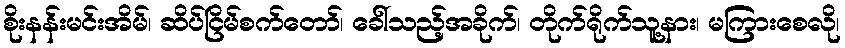
စိုးနန်းမင်းအိမ်၊ ဆိပ်ငြိမ်စက်တော်၊ ခေါ်သည့်အခိုက်၊ တိုက်ရိုက်သူ့နား၊ မကြားစေလို၊